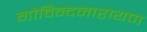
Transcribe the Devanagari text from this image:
गोविन्दनारायण